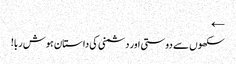
←
سکھوں سے دوستی اور دشمنی کی داستان ہوش ربا!